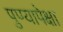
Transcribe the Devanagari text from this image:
पुण्यापेक्षा